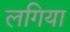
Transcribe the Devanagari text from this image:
लगिया